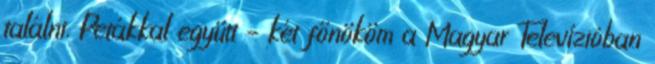
ta­lálni. Petákkal együtt – két főnököm a Magyar Televízióban